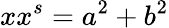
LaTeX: xx^{s}=a^{2}+b^{2}